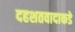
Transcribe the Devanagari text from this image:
दहशतवादाकडे